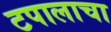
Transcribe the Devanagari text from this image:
टपालाचा